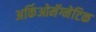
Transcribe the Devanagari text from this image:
अर्किओमॅग्नेटिक